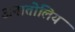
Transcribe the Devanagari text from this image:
अनातोलिय